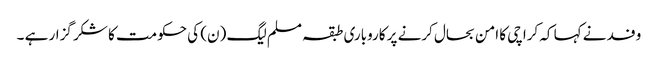
وفد نے کہا کہ کراچی کا امن بحال کرنے پر کاروباری طبقہ مسلم لیگ (ن) کی حکومت کا شکر گزار ہے ۔